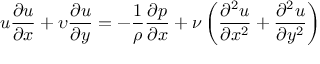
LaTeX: u { \frac { \partial u } { \partial x } } + \upsilon { \frac { \partial u } { \partial y } } = - { \frac { 1 } { \rho } } { \frac { \partial p } { \partial x } } + { \nu } \left( { \frac { \partial ^ { 2 } u } { \partial x ^ { 2 } } } + { \frac { \partial ^ { 2 } u } { \partial y ^ { 2 } } } \right)